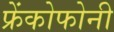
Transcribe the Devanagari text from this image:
फ्रेंकोफोनी